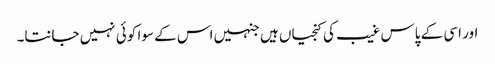
اور اسی کے پاس غیب کی کنجیاں ہیں جنہیں اس کے سوا کوئی نہیں جانتا۔